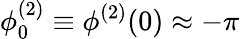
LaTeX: \phi_{0}^{(2)}\equiv\phi^{(2)}(0)\approx-\pi